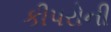
કીપરોની